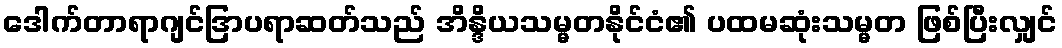
ဒေါက်တာရာဂျင်ဒြာပရာဆတ်သည် အိန္ဒိယသမ္မတနိုင်ငံ၏ ပထမဆုံးသမ္မတ ဖြစ်ပြီးလျှင်